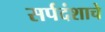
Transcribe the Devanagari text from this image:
सर्पदंशाचे